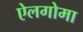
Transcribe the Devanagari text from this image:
ऐलगोमा